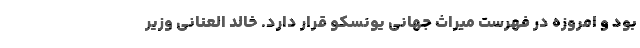
بود و امروزه در فهرست میراث جهانی یونسکو قرار دارد. خالد العنانی وزیر